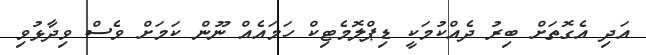
އަދި އެގޮތަށް ބިރު ދެއްކުމަކީ ޑިޕްލޮމެޓިކް ހަމައެއް ނޫން ކަމަށް ވެސް ވިދާޅުވި